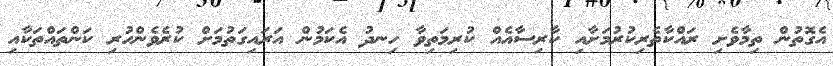
އެގޮތުން ތިމާވެށި ރައްކާތެރިކުރުމަށާއި ކާރިސާއެއް ކުރިމަތިވާ ހިނދު އެކަމުން އަރައިގަތުމަށް ކުރެވެންހުރި ކަންތައްތަކާއި